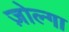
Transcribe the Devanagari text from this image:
ज़ोल्गा